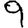
Digit: 9